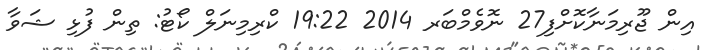
އިން ޖޫރިމަނާކޮށްފި27 ނޮވެމްބަރ 2014 19:22 ކްރިމިނަލް ކޯޓު: ތިން ފުޅި ޝަވާ